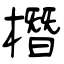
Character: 橬